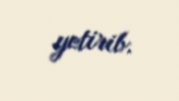
yetirib.